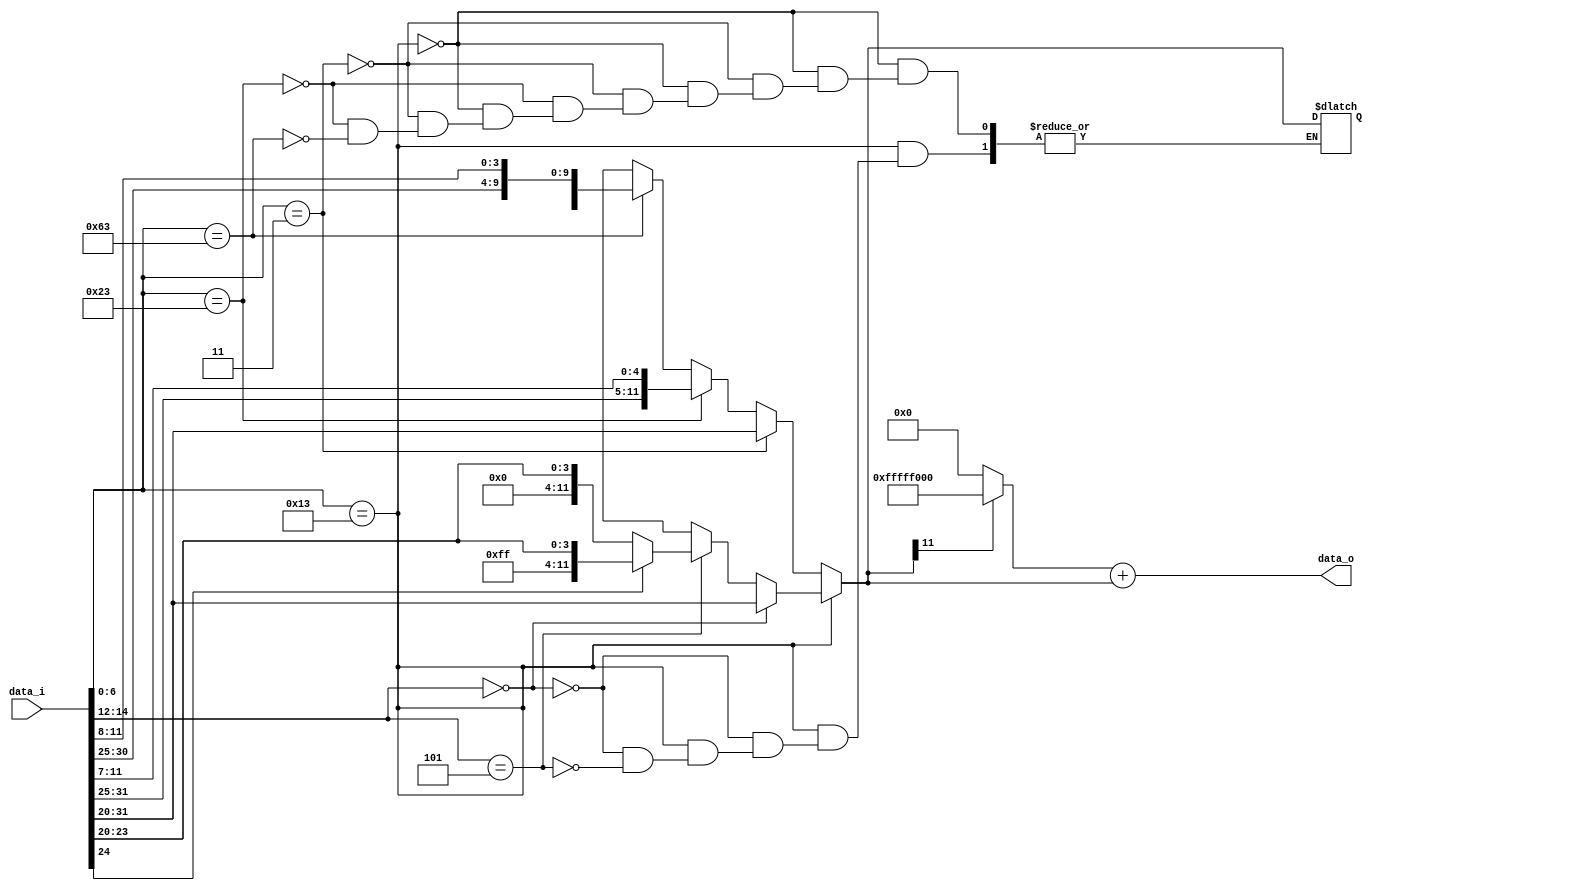
`define RTYPE 7'b0110011
`define ITYPE 7'b0010011
`define LW    7'b0000011
`define SW    7'b0100011
`define BEQ   7'b1100011

module Sign_Extend(
    data_i,
    data_o
);

input [31:0] data_i;
output [31:0] data_o;
reg [31:0] extension;
reg [11:0] tmp_extension;
always@(data_i) begin
    if(data_i[6:0] == `ITYPE) begin
        if(data_i[14:12] == 3'b000) begin // ADDI
            tmp_extension = data_i[31:20];
        end

        else if(data_i[14:12] == 3'b101) begin
            if(data_i[24] == 1'b1) 
                tmp_extension = {7'b1111111, data_i[24:20]};
            else 
                tmp_extension = {7'b0000000, data_i[24:20]};
        end
    end 
    else if(data_i[6:0] == `LW) 
        tmp_extension = data_i[31:20];
    else if(data_i[6:0] == `SW)
        tmp_extension = {data_i[31:25], data_i[11:7]};
    else if(data_i[6:0] == `BEQ)
        tmp_extension = {data_i[31], data_i[7], data_i[30:25], data_i[11:8]};

    if(tmp_extension[11] == 1'b1) begin
        extension = {20{1'b1}};
        extension = extension << 12;
    end
    else begin 
        extension = 0;
    end
    extension = extension + tmp_extension;
end

assign data_o = extension;
endmodule